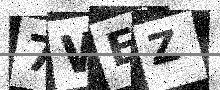
Text: 7WEZ